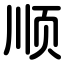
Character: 顺